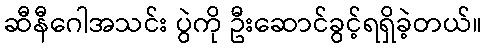
ဆီနီဂေါအသင်း ပွဲကို ဦးဆောင်ခွင့်ရရှိခဲ့တယ်။